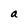
Character: a